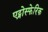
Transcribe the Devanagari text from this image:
एट्मोस्फेरिक